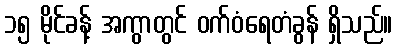
၁၅ မိုင်ခန့် အကွာတွင် ဝက်ဝံရေတံခွန် ရှိသည်။